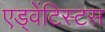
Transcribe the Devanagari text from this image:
एड्वेंटिस्टस